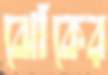
ঝোঁকের